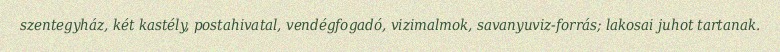
szentegyház, két kastély, postahivatal, vendégfogadó, vizimalmok, savanyuviz-forrás; lakosai juhot tartanak.